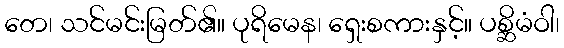
တေ၊ သင်မင်းမြတ်၏။ ပုရိမေန၊ ရှေးစကားနှင့်။ ပစ္ဆိမံဝါ၊